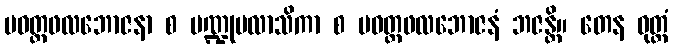
ပဝတ္တဖလဘောဇနာ စ ပဏ္ဍုပလာသိကာ စ ပဝတ္တဖလဘောဇနံ ဘဇန္တိ။ တေန ဝုတ္တံ